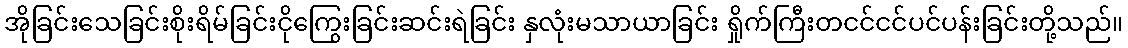
အိုခြင်းသေခြင်းစိုးရိမ်ခြင်းငိုကြွေးခြင်းဆင်းရဲခြင်း နှလုံးမသာယာခြင်း ရှိုက်ကြီးတငင်ငင်ပင်ပန်းခြင်းတို့သည်။